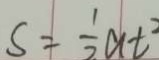
S = \frac { 1 } { 2 } a t ^ { 2 }